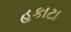
હકાટા